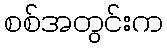
စစ်အတွင်းက